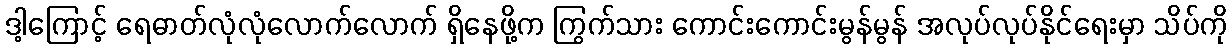
ဒါ့ကြောင့် ရေဓာတ်လုံလုံလောက်လောက် ရှိနေဖို့က ကြွက်သား ကောင်းကောင်းမွန်မွန် အလုပ်လုပ်နိုင်ရေးမှာ သိပ်ကို